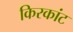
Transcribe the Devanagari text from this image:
किरकांट